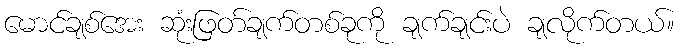
မောင်ချစ်အေး ဆုံးဖြတ်ချက်တစ်ခုကို ချက်ချင်းပဲ ချလိုက်တယ်။